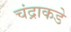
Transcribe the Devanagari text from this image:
चंद्राकडे